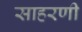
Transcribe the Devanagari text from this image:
साहरणी